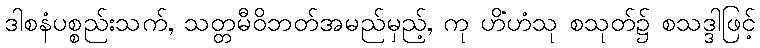
ဒါစနံပစ္စည်းသက်, သတ္တမီဝိဘတ်အမည်မှည့်, ကု ဟိံဟံသု စသုတ်၌ စသဒ္ဒါဖြင့်